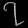
Digit: ၇